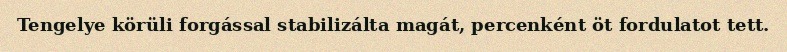
Tengelye körüli forgással stabilizálta magát, percenként öt fordulatot tett.